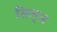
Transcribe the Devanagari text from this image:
सिल्‌अ